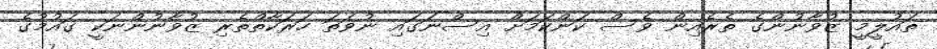
ތައުލީމީ ޒުވާނުންގެ ތެރެއިން ވެސް ކަންކަމަށް އިސްނަގައި ނުވަތަ ހަރަކާތްތެރި ޒުވާނުންނަކީ ގައުމުގެ